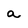
Character: a